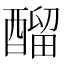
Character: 𨢇